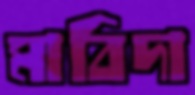
মাবিদা